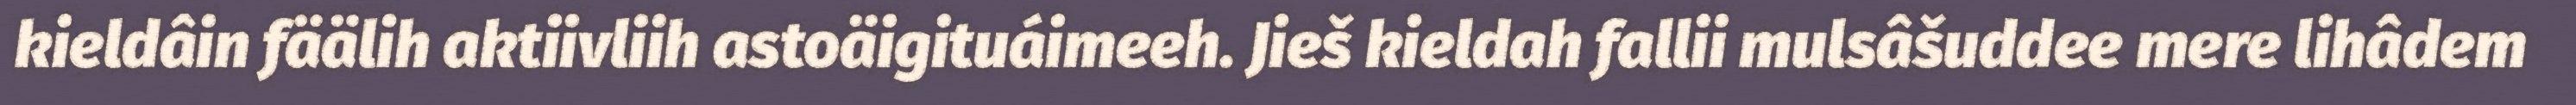
kieldâin fäälih aktiivliih astoäigituáimeeh. Jieš kieldah fallii mulsâšuddee mere lihâdem